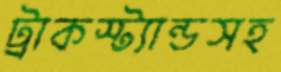
ট্রাকস্ট্যান্ডসহ